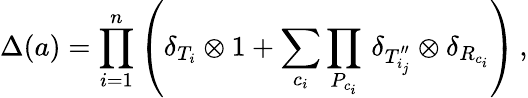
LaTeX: \Delta(a)=\prod_{i=1}^{n}\left(\delta_{T_{i}}\otimes 1+\sum_{c_{i}}\prod_{P_{c_{i}}}\, \delta_{T_{i_{j}}^{\prime\prime}}\otimes\delta_{R_{c_{i}}}\right)\, ,